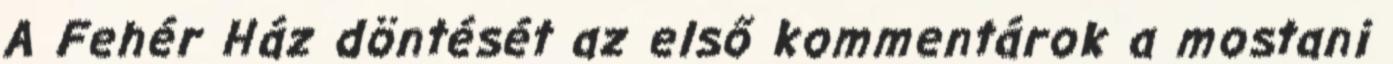
A Fehér Ház döntését az első kommentárok a mostani